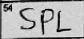
Transcription: SPL